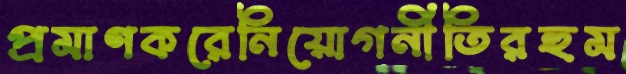
প্রমাণকরেনিয়োগনীতিরহুম